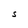
Character: S